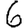
Digit: 6